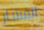
الفشار